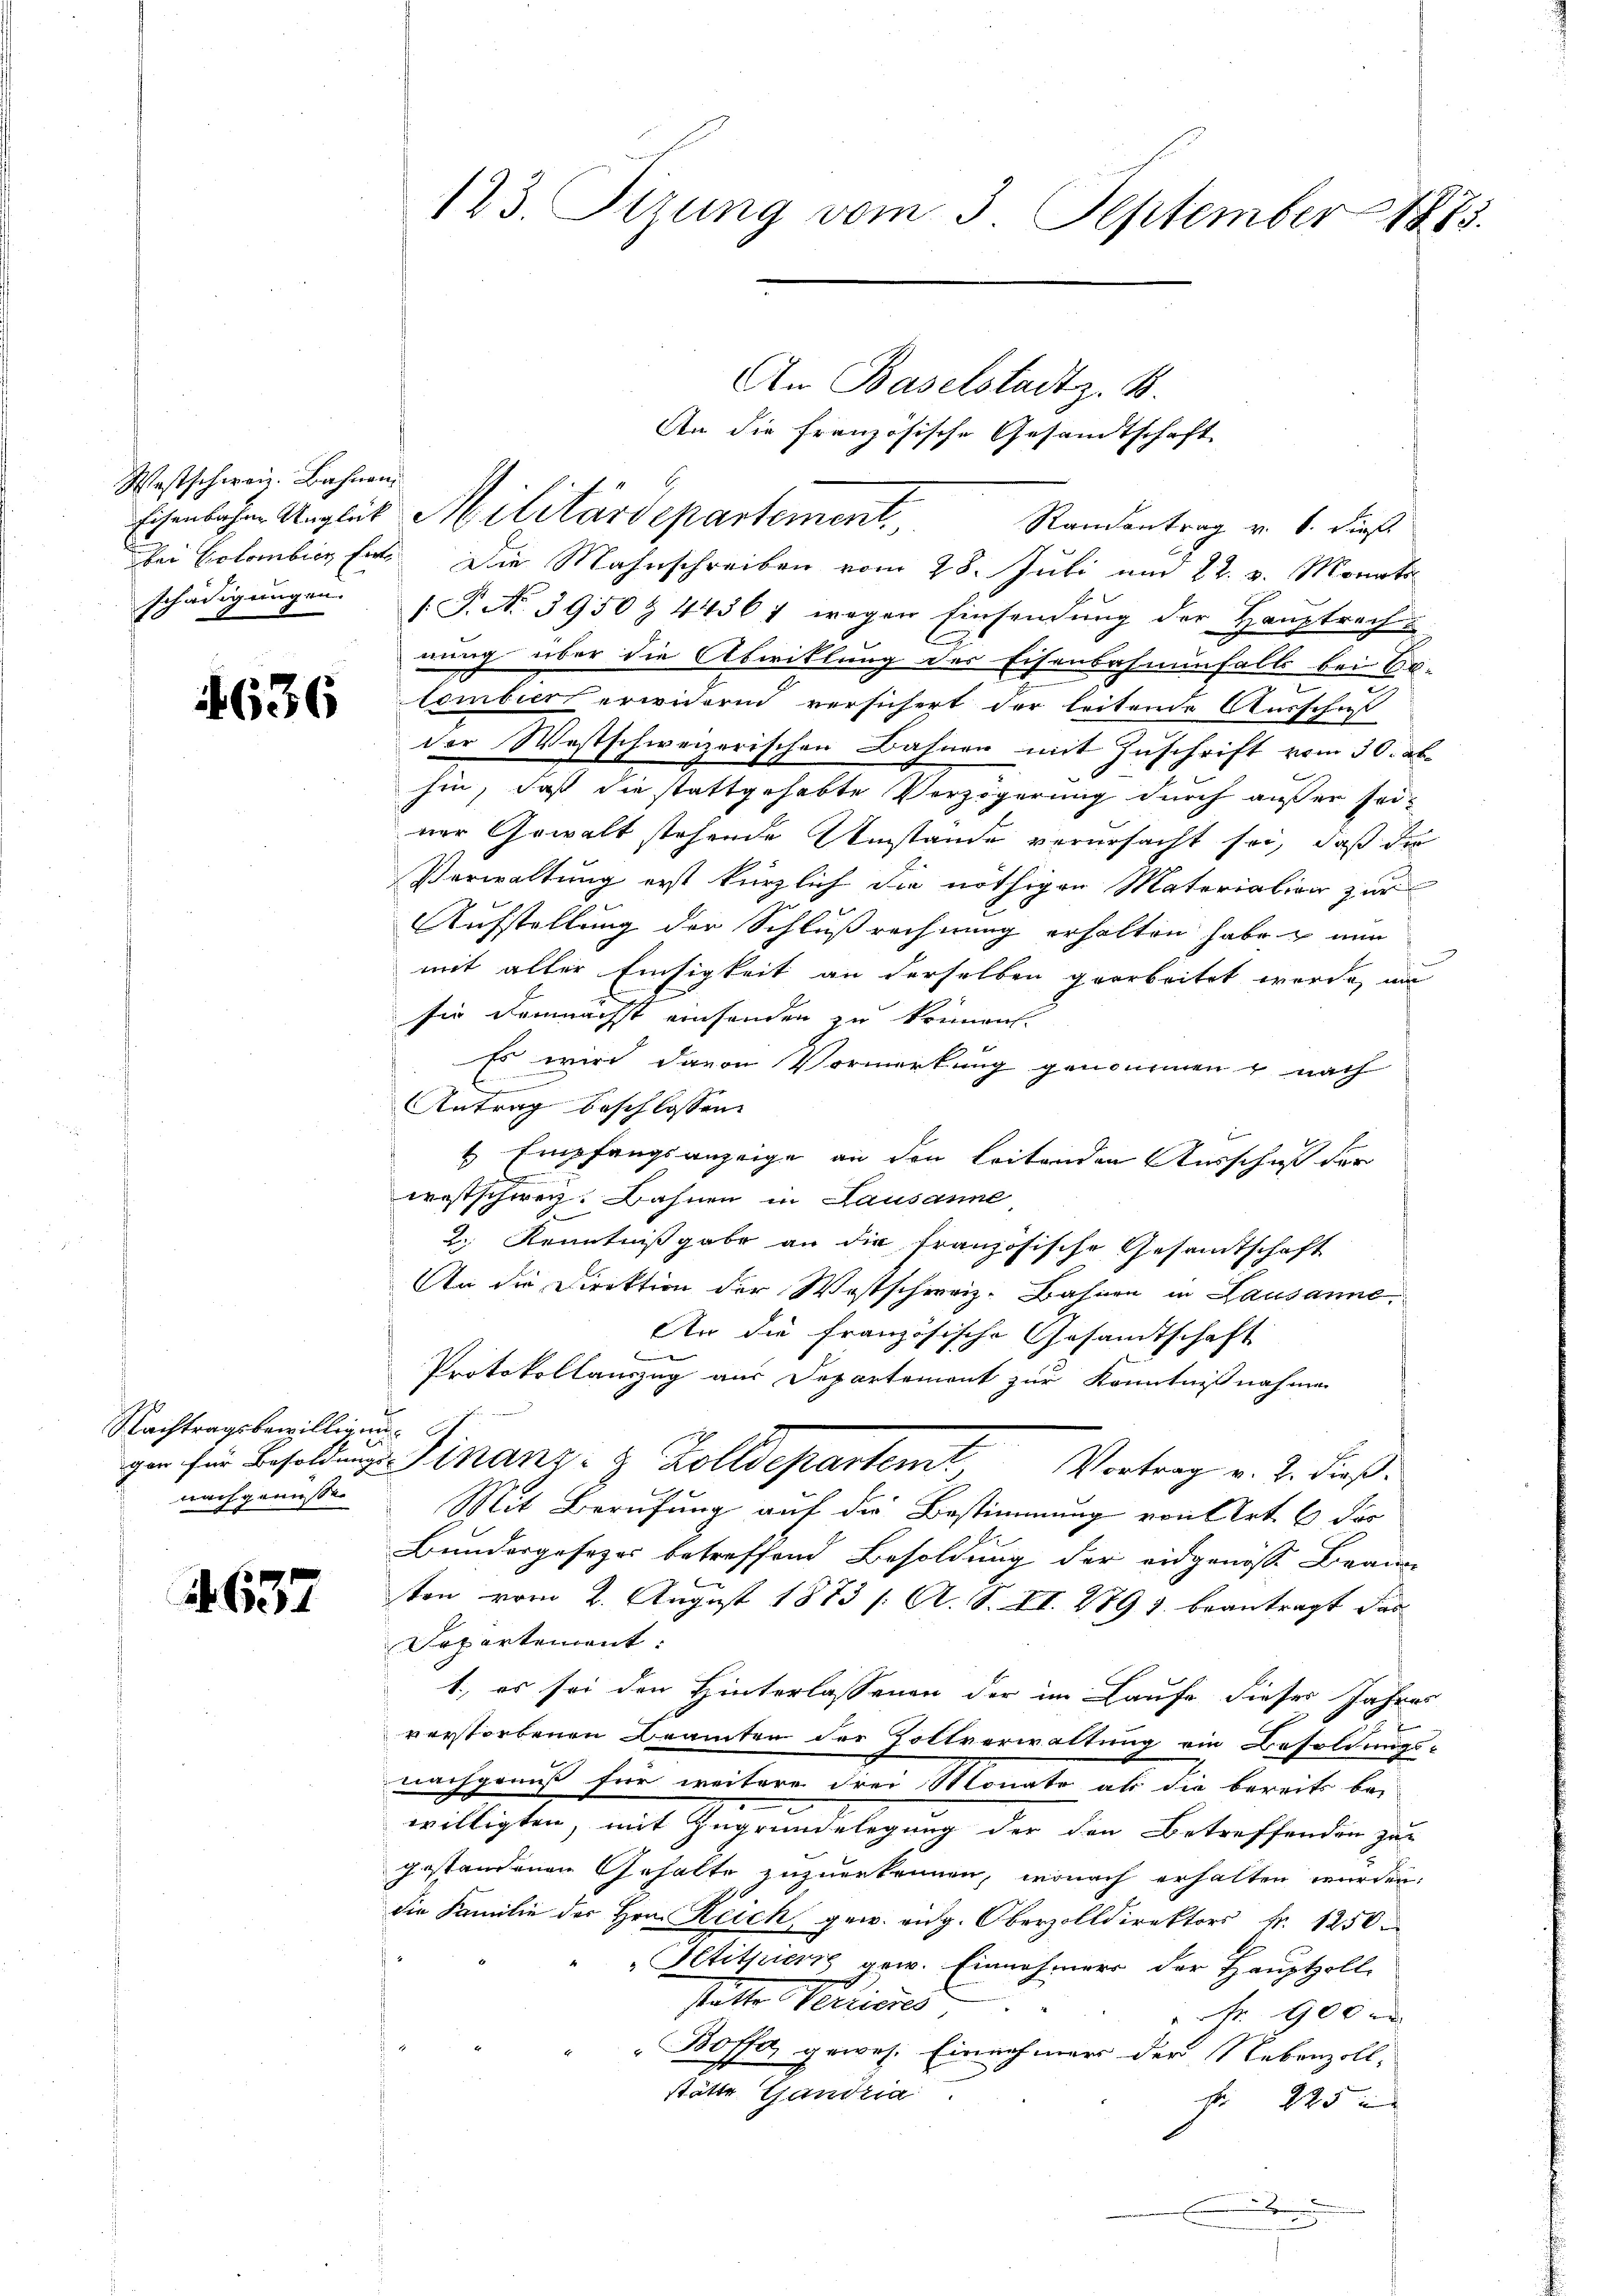
Westschweiz. Bahnen.

636

Nachtragsbewilligung
nach genüssen

4637

Eisenbahren Anglik Militärdepartement.
bei Colombicz hat. Die Mahnschreiben vom 28. Juli und 22. v. Monata
schädigungen. (T. No. 3950 & 44361 wegen Einsendung der Hauptrach u
E
nung über die Abwicklung des Eisenbahnenfalls bei Ein-
lombier erwidern versichert der leitende Ausschust
der Westschweizerischen Bahnen mit Zuschrift vom 30. ab
hin, daß die stattgehabte Verzögerung durch außer seiner Gewalt stehende Umstände verursacht sei, daß der
Verwaltung erst kürzlich die nöthigen Materialien zur
Aufstellung der Schlußrechnung erhalten habe & nun
mit alter Einsigkeit an derselben gearbeitet werde, um
sie demnächst einsenden zu können.
Es wird davon Vormerkung genommen u nach
e
C
g
Antrag beschlossen:
1 Empfangsanzeige an den leitenden Ausschuß der
x
westschweiz. Bahnen in Lausanne,
2 Kenntnißgabe an die französische Gesamtschaft
An die Direktion der Westschweiz. Bahnen in Lausanne,
An die französische Gesandtschaft
n
Protokollauszug aus Departement zur Kenntnißnahmen
gar für Besoldung Finanz- & Zolldepartemt, Vortrag v. 2. dieß:
Mit Berufung auf die Bestimmung von Art. 6 der
Bundergesezes betreffend Besoldung der eidgenösse Brau
ten vom 2. August 1873 /: A. S. II. 289 1. beantragt das
Separtement
1., es sei den Hinterlassenen der im Laufe dieses Jahres
verstorbenen Beamten der Zollverwaltung ein Besoldungs-
nachgenuß für weitere drei Monate als die bereits bei
willigten, mit Zugrundeslegung der den Betreffenden zugestandenen Gehalte zuzuerkennen, wonach erhalten wurden.
die Familie der Hrn. Reich gew. eidg. Oberzolldirektors Nr. 1250
Petitiers gew. Einnehmers der Hauptzoll
statte Periores
 Nr. 900.
Boffa, gewes. Einnehmer der Nebenzoll-
stätte Gandria
f. 225
x
.

123. Fizung vom 3. September 1875.

An die französische Gesandtschaft
Randantrag v. 6. dieß

An Baselstadt z. B.